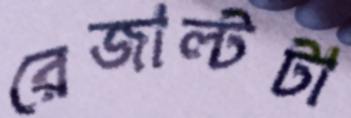
রেজাল্টটা